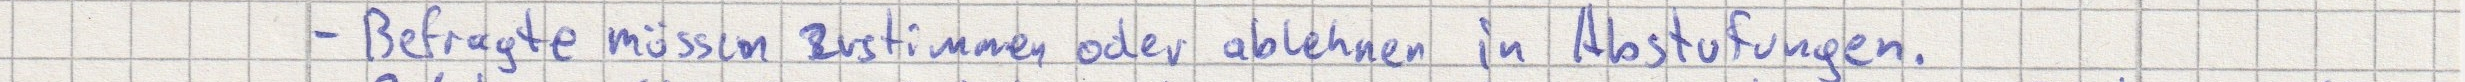
- Befragte müssen zustimmen oder ablehnen in Abstufungen.